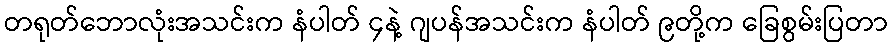
တရုတ်ဘောလုံးအသင်းက နံပါတ် ၄နဲ့ ဂျပန်အသင်းက နံပါတ် ၉တို့က ခြေစွမ်းပြတာ